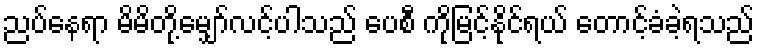
ညပ်နေရာ မိမိတို့မျှော်လင့်ပါသည် ပေစီ ကိုမြင့်နိုင်ရယ် တောင့်ခံခဲ့ရသည်